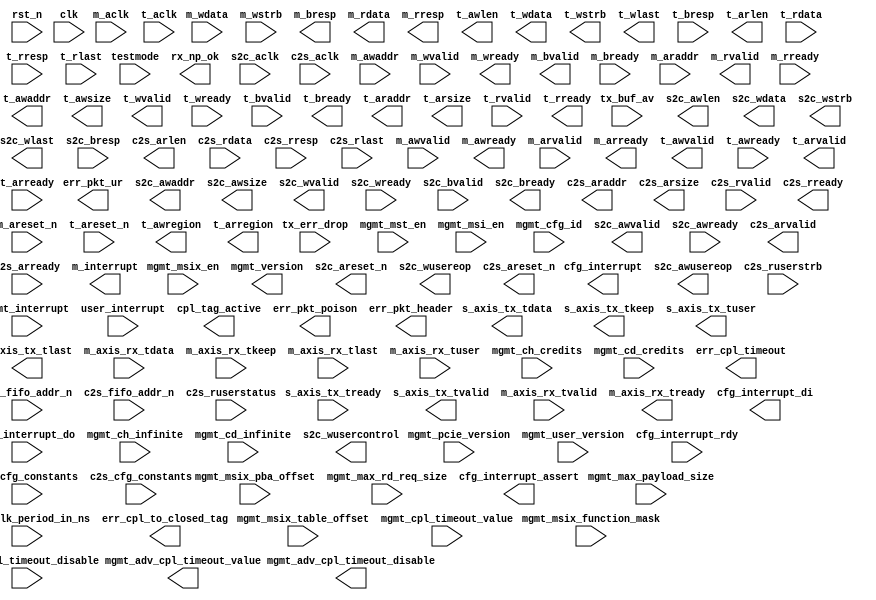
// -------------------------------------------------------------------------
//
//  PROJECT: PCI Express Core
//  COMPANY: Northwest Logic, Inc.
//
// ------------------------- CONFIDENTIAL ----------------------------------
//
//                 Copyright 2010 by Northwest Logic, Inc.
//
//  All rights reserved.  No part of this source code may be reproduced or
//  transmitted in any form or by any means, electronic or mechanical,
//  including photocopying, recording, or any information storage and
//  retrieval system, without permission in writing from Northest Logic, Inc.
//
//  Further, no use of this source code is permitted in any form or means
//  without a valid, written license agreement with Northwest Logic, Inc.
//
//                         Northwest Logic, Inc.
//                  1100 NW Compton Drive, Suite 100
//                      Beaverton, OR 97006, USA
//
//                       Ph.  +1 503 533 5800
//                       Fax. +1 503 533 5900
//                          www.nwlogic.com
//
// -------------------------------------------------------------------------

`timescale 1ps / 1ps



// -----------------------
// -- Module Definition --
// -----------------------

module dma_back_end_axi (

    // PCI Express Interface
    rst_n,
    clk,
    testmode,

    // PCI Express Core Tx & Rx Interface
    tx_buf_av,
    tx_err_drop,
    s_axis_tx_tready,
    s_axis_tx_tdata,
    s_axis_tx_tkeep,
    s_axis_tx_tuser,
    s_axis_tx_tlast,
    s_axis_tx_tvalid,

    m_axis_rx_tdata,
    m_axis_rx_tkeep,
    m_axis_rx_tlast,
    m_axis_rx_tvalid,
    m_axis_rx_tready,
    m_axis_rx_tuser,
    rx_np_ok,
    // Management Interface
    mgmt_mst_en,
    mgmt_msi_en,
    mgmt_msix_en,
    mgmt_msix_table_offset,
    mgmt_msix_pba_offset,
    mgmt_msix_function_mask,
    mgmt_max_payload_size,
    mgmt_max_rd_req_size,
    mgmt_clk_period_in_ns,
    mgmt_version,
    mgmt_pcie_version,
    mgmt_user_version,
    mgmt_cfg_id,
    mgmt_interrupt,
    user_interrupt,
    cfg_interrupt_rdy,
    cfg_interrupt_assert,
    cfg_interrupt,
    cfg_interrupt_di,
    cfg_interrupt_do,

    mgmt_ch_infinite,
    mgmt_cd_infinite,
    mgmt_ch_credits,
    mgmt_cd_credits,

    mgmt_adv_cpl_timeout_disable,
    mgmt_adv_cpl_timeout_value,
    mgmt_cpl_timeout_disable,
    mgmt_cpl_timeout_value,

    err_cpl_to_closed_tag,
    err_cpl_timeout,
    cpl_tag_active,

    err_pkt_poison,
    err_pkt_ur,
    err_pkt_header,

    // DMA System to Card Engine Interface
    s2c_cfg_constants,
    s2c_areset_n,
    s2c_aclk,
    s2c_fifo_addr_n,
    s2c_awvalid,
    s2c_awready,
    s2c_awaddr,
    s2c_awlen,
    s2c_awusereop,
    s2c_awsize,
    s2c_wvalid,
    s2c_wready,
    s2c_wdata,
    s2c_wstrb,
    s2c_wlast,
    s2c_wusereop,
    s2c_wusercontrol,
    s2c_bvalid,
    s2c_bready,
    s2c_bresp,

    // DMA Card to System Engine Interface
    c2s_cfg_constants,
    c2s_areset_n,
    c2s_aclk,
    c2s_fifo_addr_n,
    c2s_arvalid,
    c2s_arready,
    c2s_araddr,
    c2s_arlen,
    c2s_arsize,
    c2s_rvalid,
    c2s_rready,
    c2s_rdata,
    c2s_rresp,
    c2s_rlast,
    c2s_ruserstatus,
    c2s_ruserstrb,

    // AXI Master Interface
    m_areset_n,
    m_aclk,
    m_awvalid,
    m_awready,
    m_awaddr,
    m_wvalid,
    m_wready,
    m_wdata,
    m_wstrb,
    m_bvalid,
    m_bready,
    m_bresp,
    m_arvalid,
    m_arready,
    m_araddr,
    m_rvalid,
    m_rready,
    m_rdata,
    m_rresp,
    m_interrupt,

    // AXI Target Interface
    t_areset_n,
    t_aclk,
    t_awvalid,
    t_awready,
    t_awregion,
    t_awaddr,
    t_awlen,
    t_awsize,
    t_wvalid,
    t_wready,
    t_wdata,
    t_wstrb,
    t_wlast,
    t_bvalid,
    t_bready,
    t_bresp,
    t_arvalid,
    t_arready,
    t_arregion,
    t_araddr,
    t_arlen,
    t_arsize,
    t_rvalid,
    t_rready,
    t_rdata,
    t_rresp,
    t_rlast

);



// ----------------
// -- Parameters --
// ----------------

// Note: localparam values are constants and must not be modfied

localparam  EXPRESSO_DMA_VERSION        = 32'h00_02_00_00;

parameter   NUM_S2C                     = 2;    // Number of S2C DMA Engines to Implement
parameter   NUM_C2S                     = 2;    // Number of C2S DMA Engines to Implement

localparam  MAX_S2C                     = 8;    // Maximum number of S2C Engines Supported - Do not modify
localparam  MAX_C2S                     = 8;    // Maximum number of C2S Engines Supported - Do not modify

localparam  INT_VECTORS                 = NUM_S2C + NUM_C2S + 1;

parameter   USER_CONTROL_WIDTH          = 64;
parameter   USER_STATUS_WIDTH           = 64;

// PCI Express Parameters
parameter   REG_ADDR_WIDTH              = 12;   // Register BAR == 64KBytes == 2^12 128-bit words
localparam  CORE_DATA_WIDTH             = 128;  // Width of input and output data
localparam  CORE_BE_WIDTH               = CORE_DATA_WIDTH / 8;

localparam  XIL_DATA_WIDTH              = 128;
localparam  XIL_STRB_WIDTH              = 16;

localparam  RQ_TAG_WIDTH                = 3;    // Number of tag bits implemented by the S2C DMA Engine Reorder Queues

localparam  NUM_TAGS                    = (1 << RQ_TAG_WIDTH) + 2;  // Number of tags implemented by Completion Monitor; must be 2^RQ_TAG_WIDTH+2
localparam  TAG_WIDTH                   = RQ_TAG_WIDTH + 1;         // Width of tags implemented by Completion Monitor

localparam  CARD_ADDR_WIDTH             = 64;   // Maximum DMA Card address width
localparam  BYTE_COUNT_WIDTH            = 13;
localparam  DESC_ADDR_WIDTH             = 64;   // Maximum Descriptor Pointer address width
localparam  DESC_STATUS_WIDTH           = 160;
localparam  DESC_WIDTH                  = 256;

// AXI Parameters
localparam  AXI_LEN_WIDTH               = 4;    // Sets maximum AXI burst size; supported values 4 (AXI3/AXI4) or 8 (AXI4); For AXI_DATA_WIDTH==256 must be 4 so a 4 KB boundary is not crossed
localparam  AXI_MAX_SIMUL_WIDTH         = 4;    // Maximum number of simultaneously pending AXI transactions == 2^AXI_MAX_SIMUL_WIDTH
localparam  AXI_ADDR_WIDTH              = 36;   // Width of AXI DMA address ports
localparam  T_AXI_ADDR_WIDTH            = 32;   // Width of AXI Target address ports
localparam  AXI_DATA_WIDTH              = 128;  // AXI Data Width
localparam  AXI_BE_WIDTH                = AXI_DATA_WIDTH / 8;

// Register byte addresses 0x1FFF-0x0000 are reserved for up to 32 System to Card DMA Register Blocks;
//   Each Register Block is 256 bytes; the first Register Block must be placed at 0x0000; subsequent
//   Register Blocks are placed every 256 bytes; software can determine the number of present
//   Register Blocks by reading the Capabilities register at all of the possible locations;
//   define the Register Block offsets in terms of CORE_DATA_WIDTH addresses
localparam  REG_BASE_ADDR_S2C           = 32'h00;
localparam  REG_BASE_ADDR_S2C_INC       = 32'h10;

// Register byte addresses 0x3FFF-0x2000 are reserved for up to 32 Card to System DMA Register Blocks;
//   Each Register Block is 256 bytes; the first Register Block must be placed at 0x2000; subsequent
//   Register Blocks are placed every 256 bytes; software can determine the number of present
//   Register Blocks by reading the Capabilities register at all of the possible locations
// reg_wr_addr and reg_rd_addr are CORE_DATA_WIDTH addresses rather than byte addresses;
//   define the Register Block offsets in terms of CORE_DATA_WIDTH
localparam  REG_BASE_ADDR_C2S           = 32'h200;
localparam  REG_BASE_ADDR_C2S_INC       = 32'h10;

// The DMA Common Register Block is at 0x4000 offset into BAR0
localparam  REG_BASE_ADDR_COMMON        = 32'h400;



// ----------------------
// -- Port Definitions --
// ----------------------

input                                       rst_n;
input                                       clk;
input                                       testmode;

// PCI Express Core Tx & Rx Interface
input   [5:0]                               tx_buf_av;
input                                       tx_err_drop;
input                                       s_axis_tx_tready;
output  [XIL_DATA_WIDTH-1:0]                s_axis_tx_tdata;
output  [XIL_STRB_WIDTH-1:0]                s_axis_tx_tkeep;
output  [3:0]                               s_axis_tx_tuser;
output                                      s_axis_tx_tlast;
output                                      s_axis_tx_tvalid;

input   [XIL_DATA_WIDTH-1:0]                m_axis_rx_tdata;
input   [XIL_STRB_WIDTH-1:0]                m_axis_rx_tkeep;
input                                       m_axis_rx_tlast;
input                                       m_axis_rx_tvalid;
output                                      m_axis_rx_tready;
input   [21:0]                              m_axis_rx_tuser;
output                                      rx_np_ok;
// Management Interface
input                                       mgmt_mst_en;
input                                       mgmt_msi_en;
input                                       mgmt_msix_en;
input   [31:0]                              mgmt_msix_table_offset;
input   [31:0]                              mgmt_msix_pba_offset;
input                                       mgmt_msix_function_mask;
input   [2:0]                               mgmt_max_payload_size;
input   [2:0]                               mgmt_max_rd_req_size;
input   [7:0]                               mgmt_clk_period_in_ns;
output  [31:0]                              mgmt_version;
input   [31:0]                              mgmt_pcie_version;
input   [31:0]                              mgmt_user_version;
input   [15:0]                              mgmt_cfg_id;
input   [31:0]                              mgmt_interrupt;
input                                       user_interrupt;
input                                       cfg_interrupt_rdy;
output                                      cfg_interrupt_assert;
output                                      cfg_interrupt;
output  [7:0]                               cfg_interrupt_di;
input   [7:0]                               cfg_interrupt_do;

input                                       mgmt_ch_infinite;
input                                       mgmt_cd_infinite;
input   [7:0]                               mgmt_ch_credits;
input   [11:0]                              mgmt_cd_credits;

output                                      mgmt_adv_cpl_timeout_disable;
output  [3:0]                               mgmt_adv_cpl_timeout_value;
input                                       mgmt_cpl_timeout_disable;
input   [3:0]                               mgmt_cpl_timeout_value;

output                                      err_cpl_to_closed_tag;
output                                      err_cpl_timeout;
output                                      cpl_tag_active;

output                                      err_pkt_poison;
output                                      err_pkt_ur;
output  [127:0]                             err_pkt_header;

// DMA System to Card Engine Interface
input   [(NUM_S2C*64)                -1:0]  s2c_cfg_constants;
output  [ NUM_S2C                    -1:0]  s2c_areset_n;
input   [ NUM_S2C                    -1:0]  s2c_aclk;
input   [ NUM_S2C                    -1:0]  s2c_fifo_addr_n;
output  [ NUM_S2C                    -1:0]  s2c_awvalid;
input   [ NUM_S2C                    -1:0]  s2c_awready;
output  [(NUM_S2C*AXI_ADDR_WIDTH)    -1:0]  s2c_awaddr;
output  [(NUM_S2C*AXI_LEN_WIDTH)     -1:0]  s2c_awlen;
output  [ NUM_S2C                    -1:0]  s2c_awusereop;
output  [(NUM_S2C*3)                 -1:0]  s2c_awsize;
output  [ NUM_S2C                    -1:0]  s2c_wvalid;
input   [ NUM_S2C                    -1:0]  s2c_wready;
output  [(NUM_S2C*AXI_DATA_WIDTH)    -1:0]  s2c_wdata;
output  [(NUM_S2C*AXI_BE_WIDTH)      -1:0]  s2c_wstrb;
output  [ NUM_S2C                    -1:0]  s2c_wlast;
output  [ NUM_S2C                    -1:0]  s2c_wusereop;
output  [(NUM_S2C*USER_CONTROL_WIDTH)-1:0]  s2c_wusercontrol;
input   [ NUM_S2C                    -1:0]  s2c_bvalid;
output  [ NUM_S2C                    -1:0]  s2c_bready;
input   [(NUM_S2C*2)                 -1:0]  s2c_bresp;

// DMA Card to System Engine Interface
input   [(NUM_C2S*64)                -1:0]  c2s_cfg_constants;
output  [ NUM_C2S                    -1:0]  c2s_areset_n;
input   [ NUM_C2S                    -1:0]  c2s_aclk;
input   [ NUM_C2S                    -1:0]  c2s_fifo_addr_n;
output  [ NUM_C2S                    -1:0]  c2s_arvalid;
input   [ NUM_C2S                    -1:0]  c2s_arready;
output  [(NUM_C2S*AXI_ADDR_WIDTH)    -1:0]  c2s_araddr;
output  [(NUM_C2S*AXI_LEN_WIDTH)     -1:0]  c2s_arlen;
output  [(NUM_C2S*3)                 -1:0]  c2s_arsize;
input   [ NUM_C2S                    -1:0]  c2s_rvalid;
output  [ NUM_C2S                    -1:0]  c2s_rready;
input   [(NUM_C2S*AXI_DATA_WIDTH)    -1:0]  c2s_rdata;
input   [(NUM_C2S*2)                 -1:0]  c2s_rresp;
input   [ NUM_C2S                    -1:0]  c2s_rlast;
input   [(NUM_C2S*USER_STATUS_WIDTH) -1:0]  c2s_ruserstatus;
input   [(NUM_C2S*AXI_BE_WIDTH)      -1:0]  c2s_ruserstrb;

// AXI Master Interface
input                                       m_areset_n;
input                                       m_aclk;
input                                       m_awvalid;
output                                      m_awready;
input   [15:0]                              m_awaddr;
input                                       m_wvalid;
output                                      m_wready;
input   [31:0]                              m_wdata;
input   [3:0]                               m_wstrb;
output                                      m_bvalid;
input                                       m_bready;
output  [1:0]                               m_bresp;
input                                       m_arvalid;
output                                      m_arready;
input   [15:0]                              m_araddr;
output                                      m_rvalid;
input                                       m_rready;
output  [31:0]                              m_rdata;
output  [1:0]                               m_rresp;
output  [INT_VECTORS-1:0]                   m_interrupt;

// AXI Target Interface
input                                       t_areset_n;
input                                       t_aclk;
output                                      t_awvalid;
input                                       t_awready;
output  [2:0]                               t_awregion;
output  [T_AXI_ADDR_WIDTH-1:0]              t_awaddr;
output  [AXI_LEN_WIDTH-1:0]                 t_awlen;
output  [2:0]                               t_awsize;
output                                      t_wvalid;
input                                       t_wready;
output  [AXI_DATA_WIDTH-1:0]                t_wdata;
output  [AXI_BE_WIDTH-1:0]                  t_wstrb;
output                                      t_wlast;
input                                       t_bvalid;
output                                      t_bready;
input   [1:0]                               t_bresp;
output                                      t_arvalid;
input                                       t_arready;
output  [2:0]                               t_arregion;
output  [T_AXI_ADDR_WIDTH-1:0]              t_araddr;
output  [AXI_LEN_WIDTH-1:0]                 t_arlen;
output  [2:0]                               t_arsize;
input                                       t_rvalid;
output                                      t_rready;
input   [AXI_DATA_WIDTH-1:0]                t_rdata;
input   [1:0]                               t_rresp;
input                                       t_rlast;
endmodule